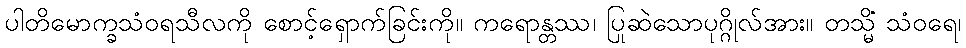
ပါတိမောက္ခသံဝရသီလကို စောင့်ရှောက်ခြင်းကို။ ကရောန္တဿ၊ ပြုဆဲသောပုဂ္ဂိုလ်အား။ တသ္မိံ သံဝရေ၊